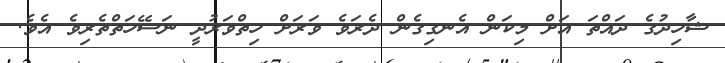
ޝާހިދުގެ ދައްތަ އަށް މިކަން އެނގިގެން ދެރަވެ ވަރަށް ހިތްވަރުދީ ނަސޭހަތްތެރިވެ އެވެ.